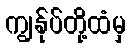
ကျွန်ုပ်တို့ထံမှ